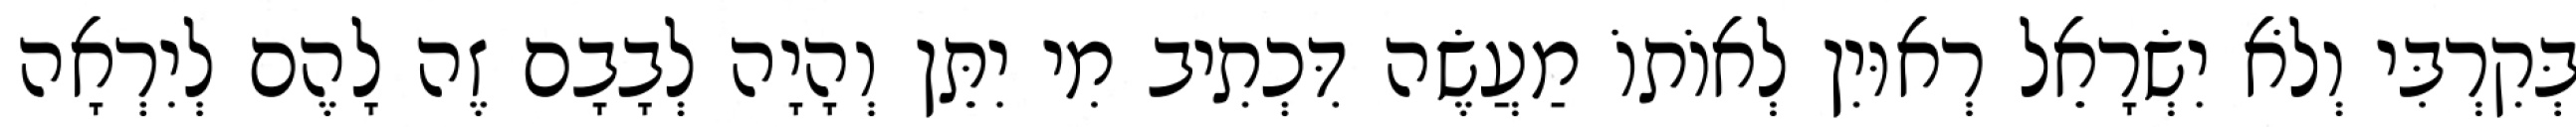
בְּקִרְבִּי וְלֹא יִשְׂרָאֵל רְאוּיִן לְאוֹתוֹ מַעֲשֶׂה דִּכְתִיב מִי יִתֵּן וְהָיָה לְבָבָם זֶה לָהֶם לְיִרְאָה